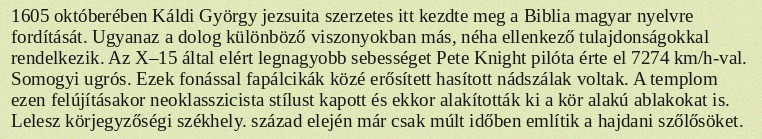
1605 októberében Káldi György jezsuita szerzetes itt kezdte meg a Biblia magyar nyelvre fordítását. Ugyanaz a dolog különböző viszonyokban más, néha ellenkező tulajdonságokkal rendelkezik. Az X–15 által elért legnagyobb sebességet Pete Knight pilóta érte el 7274 km/h-val. Somogyi ugrós. Ezek fonással fapálcikák közé erősített hasított nádszálak voltak. A templom ezen felújításakor neoklasszicista stílust kapott és ekkor alakították ki a kör alakú ablakokat is. Lelesz körjegyzőségi székhely. század elején már csak múlt időben említik a hajdani szőlősöket.